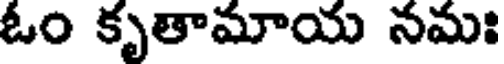
ఓం కృతామాయ నమః